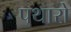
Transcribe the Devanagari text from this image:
पथारो